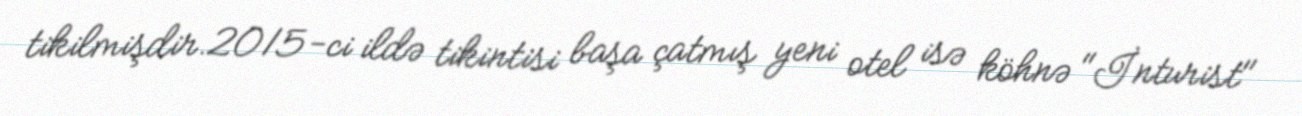
tikilmişdir.2015-ci ildə tikintisi başa çatmış yeni otel isə köhnə "İnturist"